Leningradi_Edasi_toimetus, lk 60
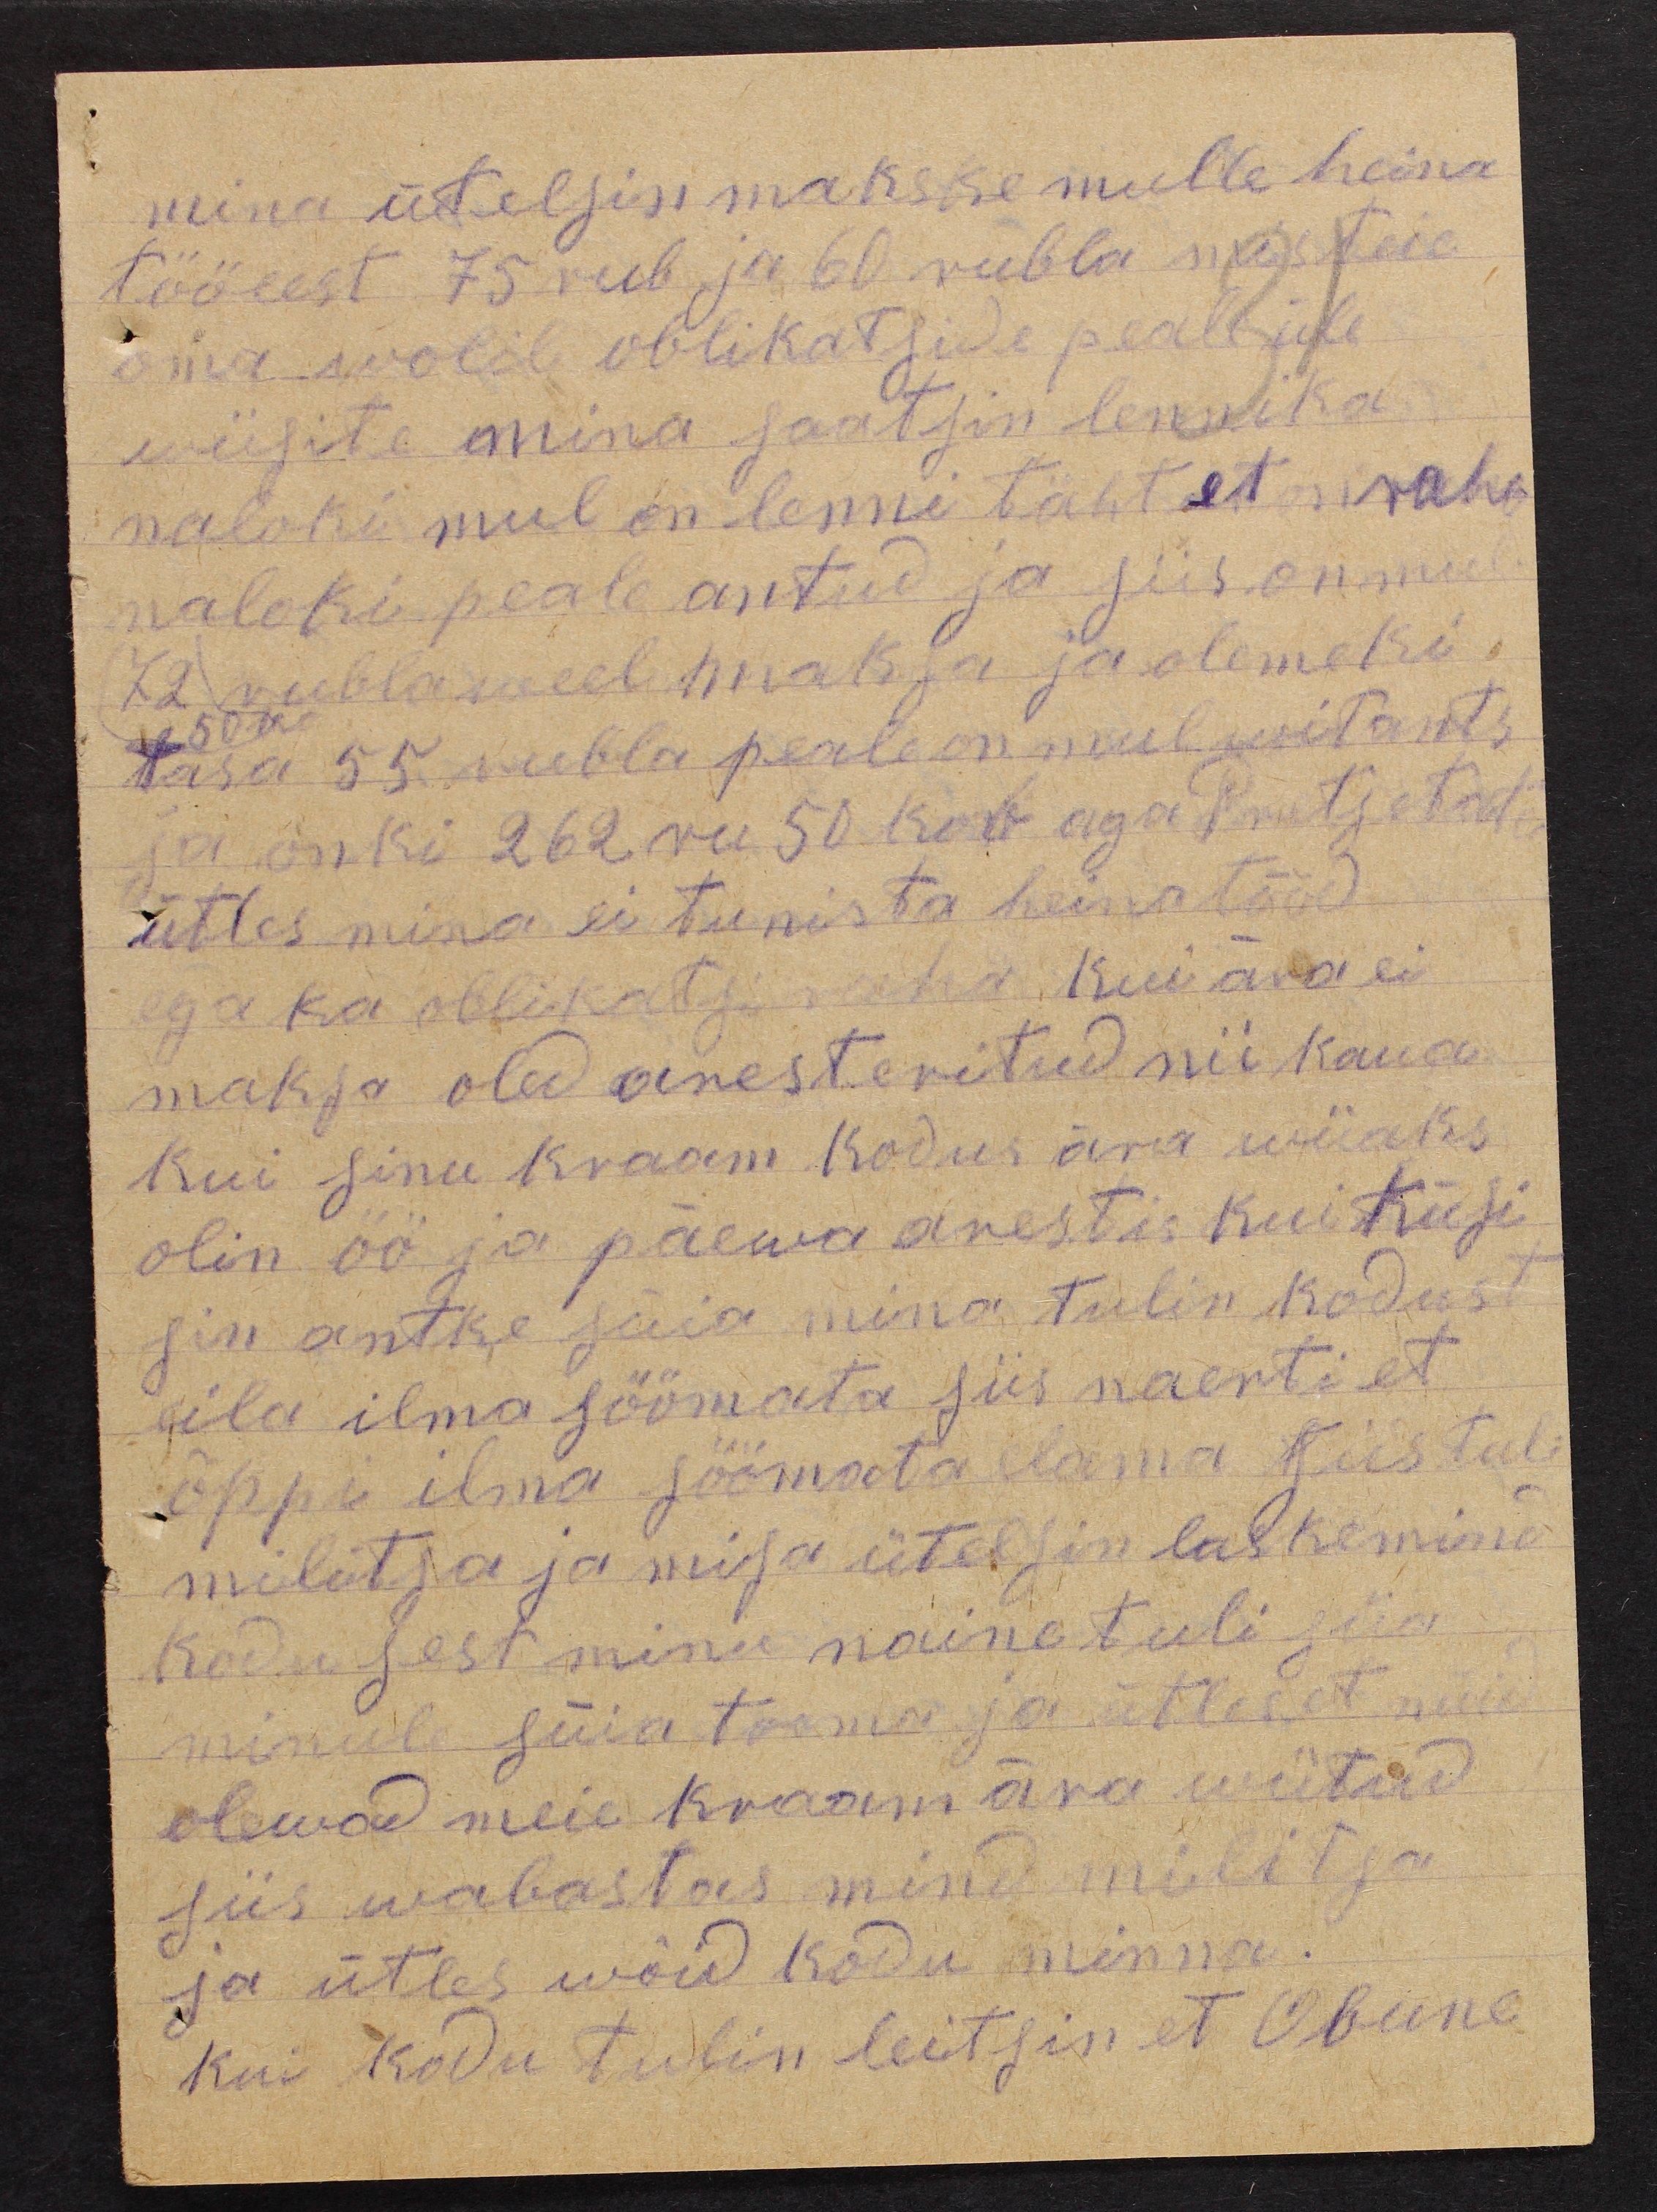
mina ütelsin makske mulle heina
tööeest 75 rub ja 60 rubla mis teie
oma wolil oblikatside peale üle
wiisite mina saatsin lennika
naloki mul on lenni täht et raha
naloki peale antud ja siis on mul
72 rubla veel maksa ja olemeki
tasa 55 rubla peale on mul witants.
50 k.
ja onki 262 ru 50 kob aga Pretsetad.
ütles mina ei tunista heinatööd
ega ka oblikatsi raha. Kui ära ei
maksa oled aresteritud nii kaua
kui sinu kraam kodus ära wiiaks
olin öö ja päewa arestis kui küsi
sin antke säia mina tulin kodust
eila ilma söömata siis naerti et
õppi ilma söömata elama siis tuli
militja ja misa ütelsin laskemind
kodu sest minu naine tuli siia
minule süia tooma ja ütles et nüid
olewad meie kraam ära wiitud
Siis wabastas mind militsa
ja ütles wõid kodu minna.
kui kodu tulin leitsin et Obune